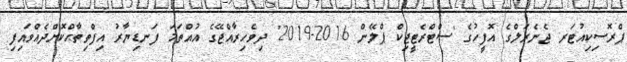
ޕްރޮސިކިއުޓަރ ޖެނެރަލްގެ އޮފީހުގެ 'ސްޓްރެޓީޖިކް ޕްލޭން 2016-2019' ދިވެހިރާއްޖޭގެ އުއްތަމަ ފަނޑިޔާރު އިފްތިތާޙްކޮށްދެއްވައިފި